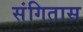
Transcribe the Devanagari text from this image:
संगितास